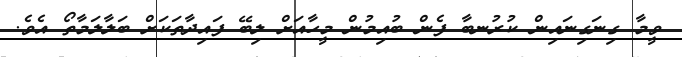
ވީމާ ގިނަގިނައިން ކުރުނބާ ފެން ބުއިމުން މީހާއަށް ލިބޭ ފައިދާތަކަށް ބަލާލަމާތޯ އެވެ.